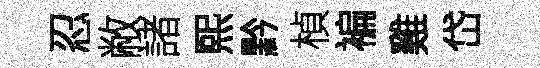
忍敝諸熙黔楨褊雞岱